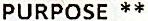
PURPOSE **